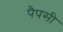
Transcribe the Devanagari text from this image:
पैपसी